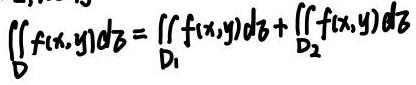
\[ \iint_{D} f(x,y)d\sigma = \iint_{D_1} f(x,y)d\sigma + \iint_{D_2} f(x,y)d\sigma \]